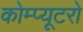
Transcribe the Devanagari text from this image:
कोम्प्यूटरो